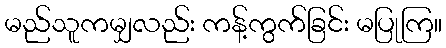
မည်သူကမျှလည်း ကန့်ကွက်ခြင်း မပြုကြ။